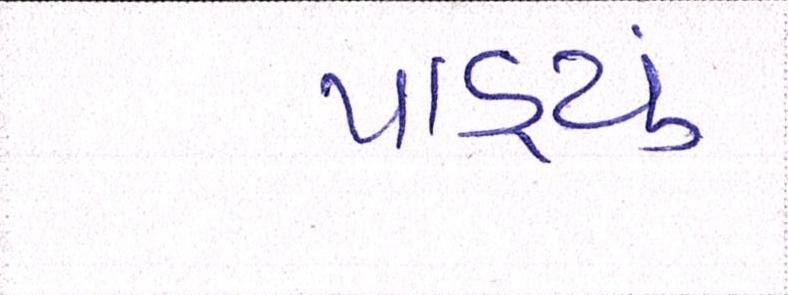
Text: પાડ્યું